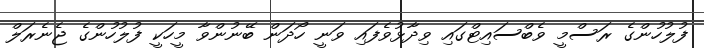
ފުލުހުންގެ ރަސްމީ ވެބްސައިޓްގައި ވިދާޅުވެފައި ވަނީ ހޯދަން ބޭނުންވާ މީހަކީ ފުލުހުންގެ ޖެނެރަލް